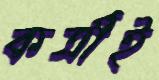
কর্ত্রীই